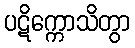
ပဋိက္ကောသိတွာ